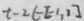
t - 2 \in [ - 1 , 1 ]